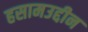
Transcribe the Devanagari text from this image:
हसामउद्दीन